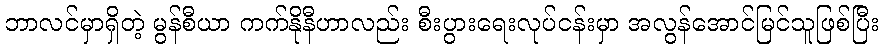
ဘာလင်မှာရှိတဲ့ မွန်စီယာ ကက်နိုနီဟာလည်း စီးပွားရေးလုပ်ငန်းမှာ အလွန်အောင်မြင်သူဖြစ်ပြီး